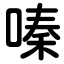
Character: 嗪